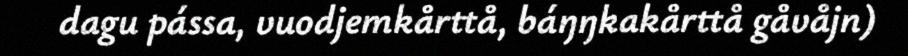
dagu pássa, vuodjemkårttå, báŋŋkakårttå gåvåjn)